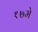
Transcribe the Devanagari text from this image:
१७मे